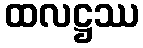
ထလဋ္ဌဿ